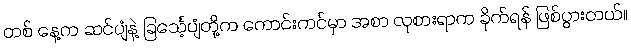
တစ် နေ့က ဆင်ပျံနဲ့ ခြင်္သေ့ပျံတို့က ကောင်းကင်မှာ အစာ လုစားရာက ခိုက်ရန် ဖြစ်ပွားတယ်။